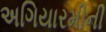
અગિયારમીની